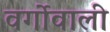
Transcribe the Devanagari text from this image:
वर्गोवाली